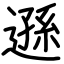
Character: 遜